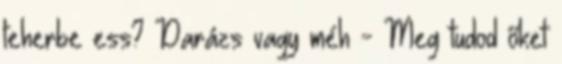
teherbe ess? Darázs vagy méh - Meg tudod őket